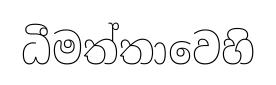
ධීමත්තාවෙහි